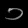
Digit: ၁